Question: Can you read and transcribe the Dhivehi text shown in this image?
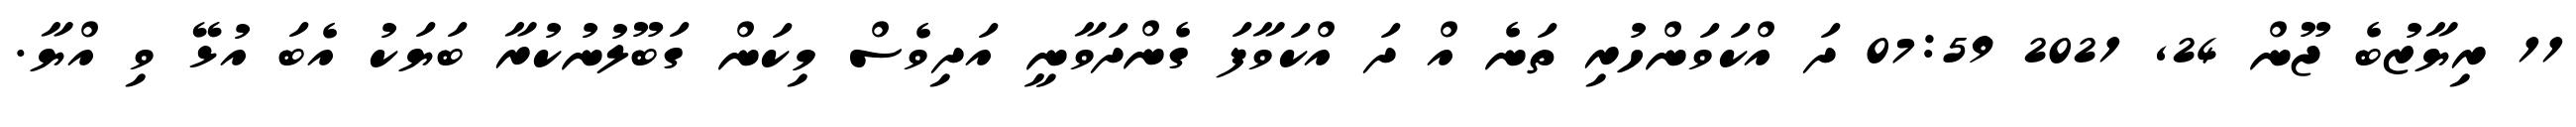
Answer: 11 ރިޔާޒުބެ ޖޫން 24, 2021 07:59 ދަ އްކަވަންހުރި ތަނެ އް ދަ އްކަވާފަ ގެންދަވާނީ އަދިވެސް މިކަން ގަބޫލުނުކުރާ ބަޔަކު އެބަ އުޅޭ ވި އްޔާ.